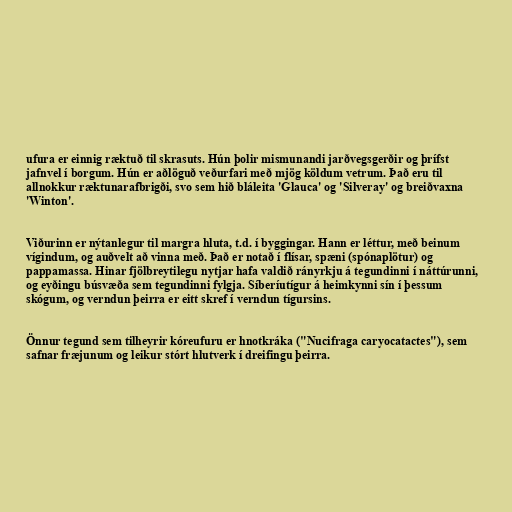
ufura er einnig ræktuð til skrasuts. Hún þolir mismunandi jarðvegsgerðir og þrífst
jafnvel í borgum. Hún er aðlöguð veðurfari með mjög köldum vetrum. Það eru til
allnokkur ræktunarafbrigði, svo sem hið bláleita 'Glauca' og 'Silveray' og breiðvaxna
'Winton'.

Viðurinn er nýtanlegur til margra hluta, t.d. í byggingar. Hann er léttur, með beinum
vígindum, og auðvelt að vinna með. Það er notað í flísar, spæni (spónaplötur) og
pappamassa. Hinar fjölbreytilegu nytjar hafa valdið rányrkju á tegundinni í náttúrunni,
og eyðingu búsvæða sem tegundinni fylgja. Síberíutígur á heimkynni sín í þessum
skógum, og verndun þeirra er eitt skref í verndun tígursins.

Önnur tegund sem tilheyrir kóreufuru er hnotkráka ("Nucifraga caryocatactes"), sem
safnar fræjunum og leikur stórt hlutverk í dreifingu þeirra.